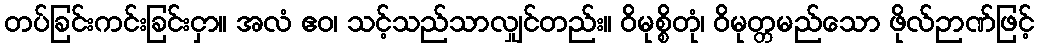
တပ်ခြင်းကင်းခြင်းငှာ။ အလံ ဧဝ၊ သင့်သည်သာလျှင်တည်း။ ဝိမုစ္စိတုံ၊ ဝိမုတ္တမည်သော ဖိုလ်ဉာဏ်ဖြင့်